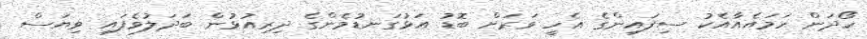
ހޯދަން ހަމައެއާއެކު ސިފައިންގެ އެހީ ވަރަށް ބޮޑު އަޅުގަނޑުމެންގެ ދިރިއުޅުން ބަދަލުވެފައި ވިޔަސް